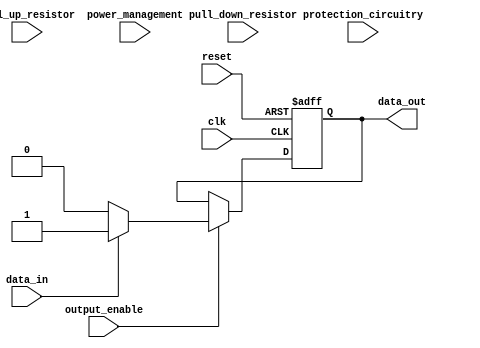
module IOBlocks_CMOs_buffer (
    input wire clk,
    input wire reset,
    input wire data_in,
    output reg data_out,
    input wire output_enable,
    input wire pull_up_resistor,
    input wire pull_down_resistor,
    input wire protection_circuitry,
    input wire power_management
);

always @(posedge clk or negedge reset) begin
    if (!reset) begin
        data_out <= 1'b0;
    end else if (output_enable) begin
        if (data_in) begin
            data_out <= 1'b1;
        end else begin
            data_out <= 1'b0;
        end
    end
end

endmodule